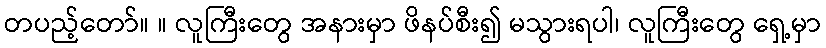
တပည့်တော်။ ။ လူကြီးတွေ အနားမှာ ဖိနပ်စီး၍ မသွားရပါ၊ လူကြီးတွေ ရှေ့မှာ